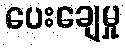
ပေးချေမှု